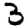
Digit: 3